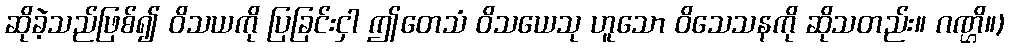
ဆိုခဲ့သည်ဖြစ်၍ ဝိသယကို ပြခြင်းငှါ ဤတေသံ ဝိသယေသု ဟူသော ဝိသေသနကို ဆိုသတည်း။ ဂဏ္ဌိ။)